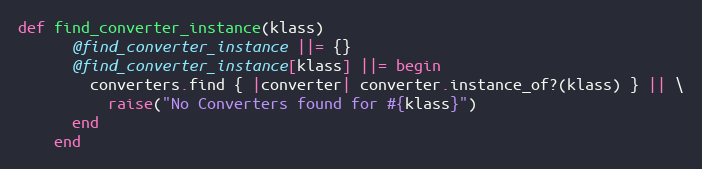
Language: Ruby
def find_converter_instance(klass)
      @find_converter_instance ||= {}
      @find_converter_instance[klass] ||= begin
        converters.find { |converter| converter.instance_of?(klass) } || \
          raise("No Converters found for #{klass}")
      end
    end